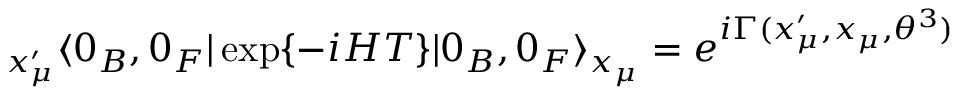
{ } _ { x _ { \mu } ^ { \prime } } \langle 0 _ { B } , 0 _ { F } | \exp \{ - i H T \} | 0 _ { B } , 0 _ { F } \rangle _ { x _ { \mu } } = e ^ { i \Gamma ( x _ { \mu } ^ { \prime } , x _ { \mu } , \theta ^ { 3 } ) }